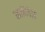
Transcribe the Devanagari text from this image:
क्लॉजेज़